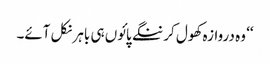
‘‘ وہ دروازہ کھول کر ننگے پائوں ہی باہر نکل آئے۔